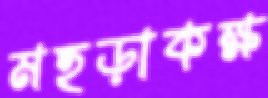
মহড়াকক্ষ